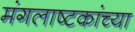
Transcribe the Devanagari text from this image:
मंगलाष्टकांच्या